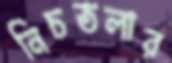
নিচতলার